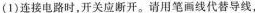
(1)连接电路时，开关应断开。请用笔画线代替导线，